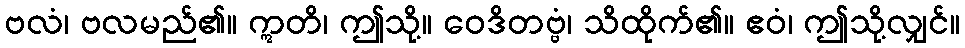
ဗလံ၊ ဗလမည်၏။ ဣတိ၊ ဤသို့။ ဝေဒိတဗ္ဗံ၊ သိထိုက်၏။ ဧဝံ၊ ဤသို့လျှင်။